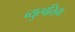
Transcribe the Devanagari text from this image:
व्युत्पत्तिचा